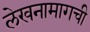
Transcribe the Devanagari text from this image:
लेखनामागची